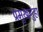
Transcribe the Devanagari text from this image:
प्रमुखगुहा